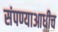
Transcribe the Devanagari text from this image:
संपण्याआधीच